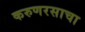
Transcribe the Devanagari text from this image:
करुणरसाचा